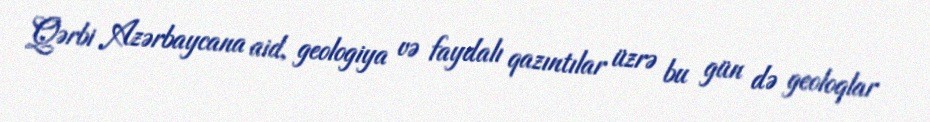
Qərbi Azərbaycana aid, geologiya və faydalı qazıntılar üzrə bu gün də geoloqlar